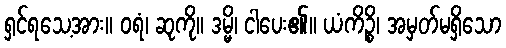
ရှင်ရသေ့အား။ ဝရံ၊ ဆုကို။ ဒမ္မိ၊ ငါပေး၏။ ယံကိဉ္စိ၊ အမှတ်မရှိသော